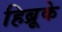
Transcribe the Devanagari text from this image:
हिब्रूके